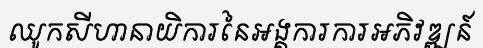
ឈូកសីហានាយិការនៃអង្គការការអភិវឌ្ឍន៍